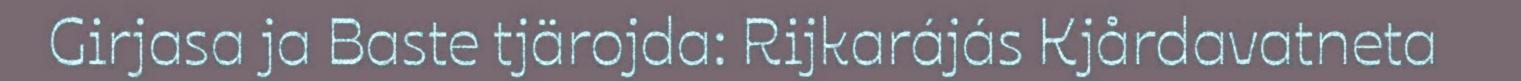
Girjasa ja Baste tjärojda: Rijkarájás Kjårdavatneta